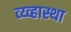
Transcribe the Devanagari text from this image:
व्य्व्हास्था